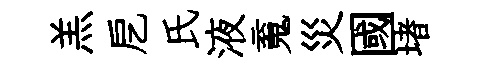
羔戹氏液䰟災國堵